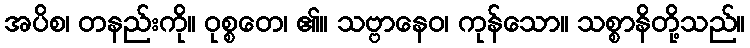
အပိစ၊ တနည်းကို။ ဝုစ္စတေ၊ ၏။ သဗ္ဗာနေဝ၊ ကုန်သော။ သစ္စာနိတို့သည်။